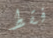
فقط